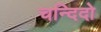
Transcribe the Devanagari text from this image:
चन्दिदो